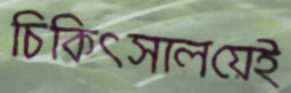
চিকিত্সালয়েই